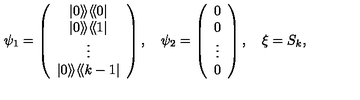
\psi _ { 1 } = \left( \begin{array} { c } { | 0 \rangle \! \rangle \langle \! \langle 0 | } \\ { | 0 \rangle \! \rangle \langle \! \langle 1 | } \\ { \vdots } \\ { | 0 \rangle \! \rangle \langle \! \langle k - 1 | } \\ \end{array} \right) , \quad \psi _ { 2 } = \left( \begin{array} { c } { 0 } \\ { 0 } \\ { \vdots } \\ { 0 } \\ \end{array} \right) , \quad \xi = S _ { k } ,